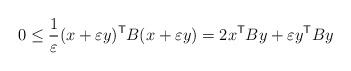
LaTeX: \begin{align*}0 \leq \frac{1}{\varepsilon}(x + \varepsilon y)^{\sf T} B (x +\varepsilon y) = 2x^{\mathsf T} B y + \varepsilon y^{\sf T} B y\end{align*}